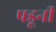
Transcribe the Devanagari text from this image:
पडूनी